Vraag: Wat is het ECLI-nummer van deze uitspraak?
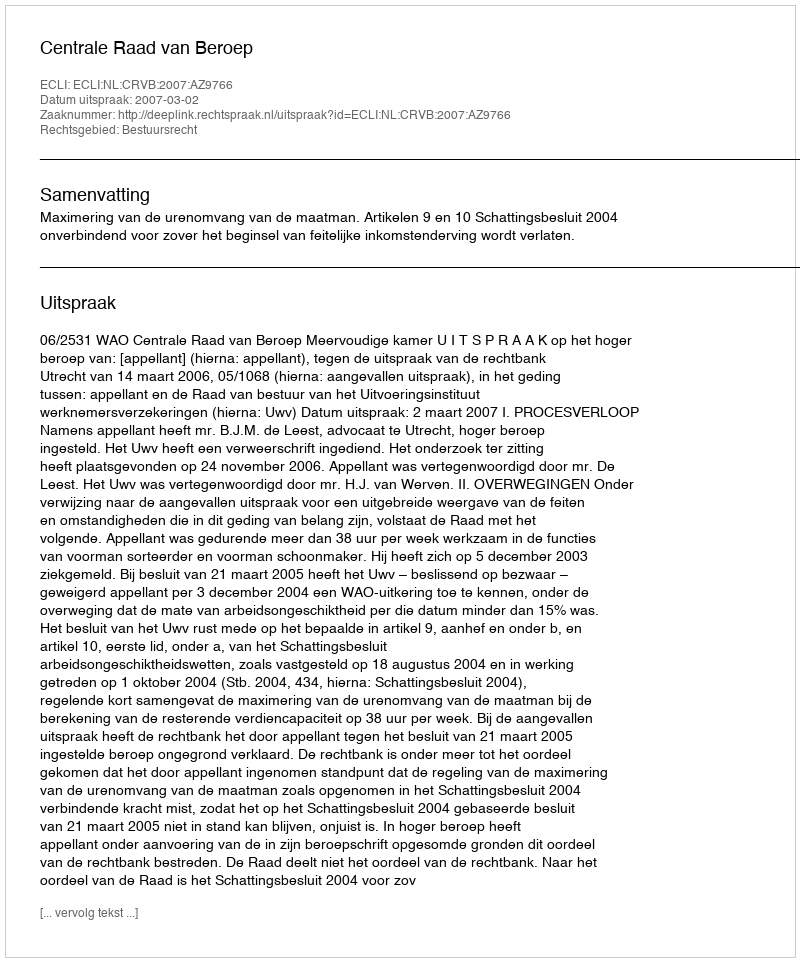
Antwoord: ECLI:NL:CRVB:2007:AZ9766